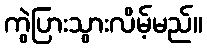
ကွဲပြားသွားလိမ့်မည်။